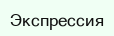
Экспрессия